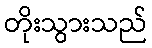
တိုးသွားသည်